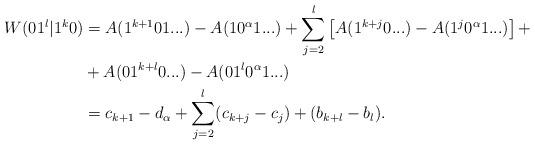
LaTeX: \begin{align*}W( 01^l | 1^k0 ) &= A(1^{k+1}01...) - A(10^\alpha1...) + \sum_{j=2}^l \left[ A(1^{k+j}0...) - A(1^j0^\alpha1...) \right] + \\&+ A(01^{k+l}0...) - A(01^l0^\alpha1...) \\&= c_{k+1} - d_\alpha + \sum_{j=2}^l(c_{k+j} - c_j) + (b_{k+l} - b_l). \end{align*}